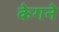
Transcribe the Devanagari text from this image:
केगने